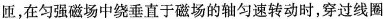
匝，在匀强磁场中绕垂直于磁场的轴匀速转动时，穿过线圈